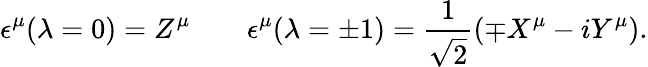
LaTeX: \epsilon^{\mu}(\lambda=0)=Z^{\mu}\qquad\epsilon^{\mu}(\lambda=\pm 1)=\frac{1}{\sqrt{2}}(\mp X^{\mu}-iY^{\mu}).